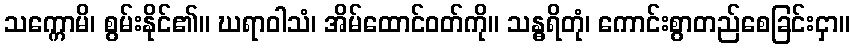
သက္ကောမိ၊ စွမ်းနိုင်၏။ ဃရာဝါသံ၊ အိမ်ထောင်ဝတ်ကို။ သန္ဓရိတုံ၊ ကောင်းစွာတည်စေခြင်းငှာ။